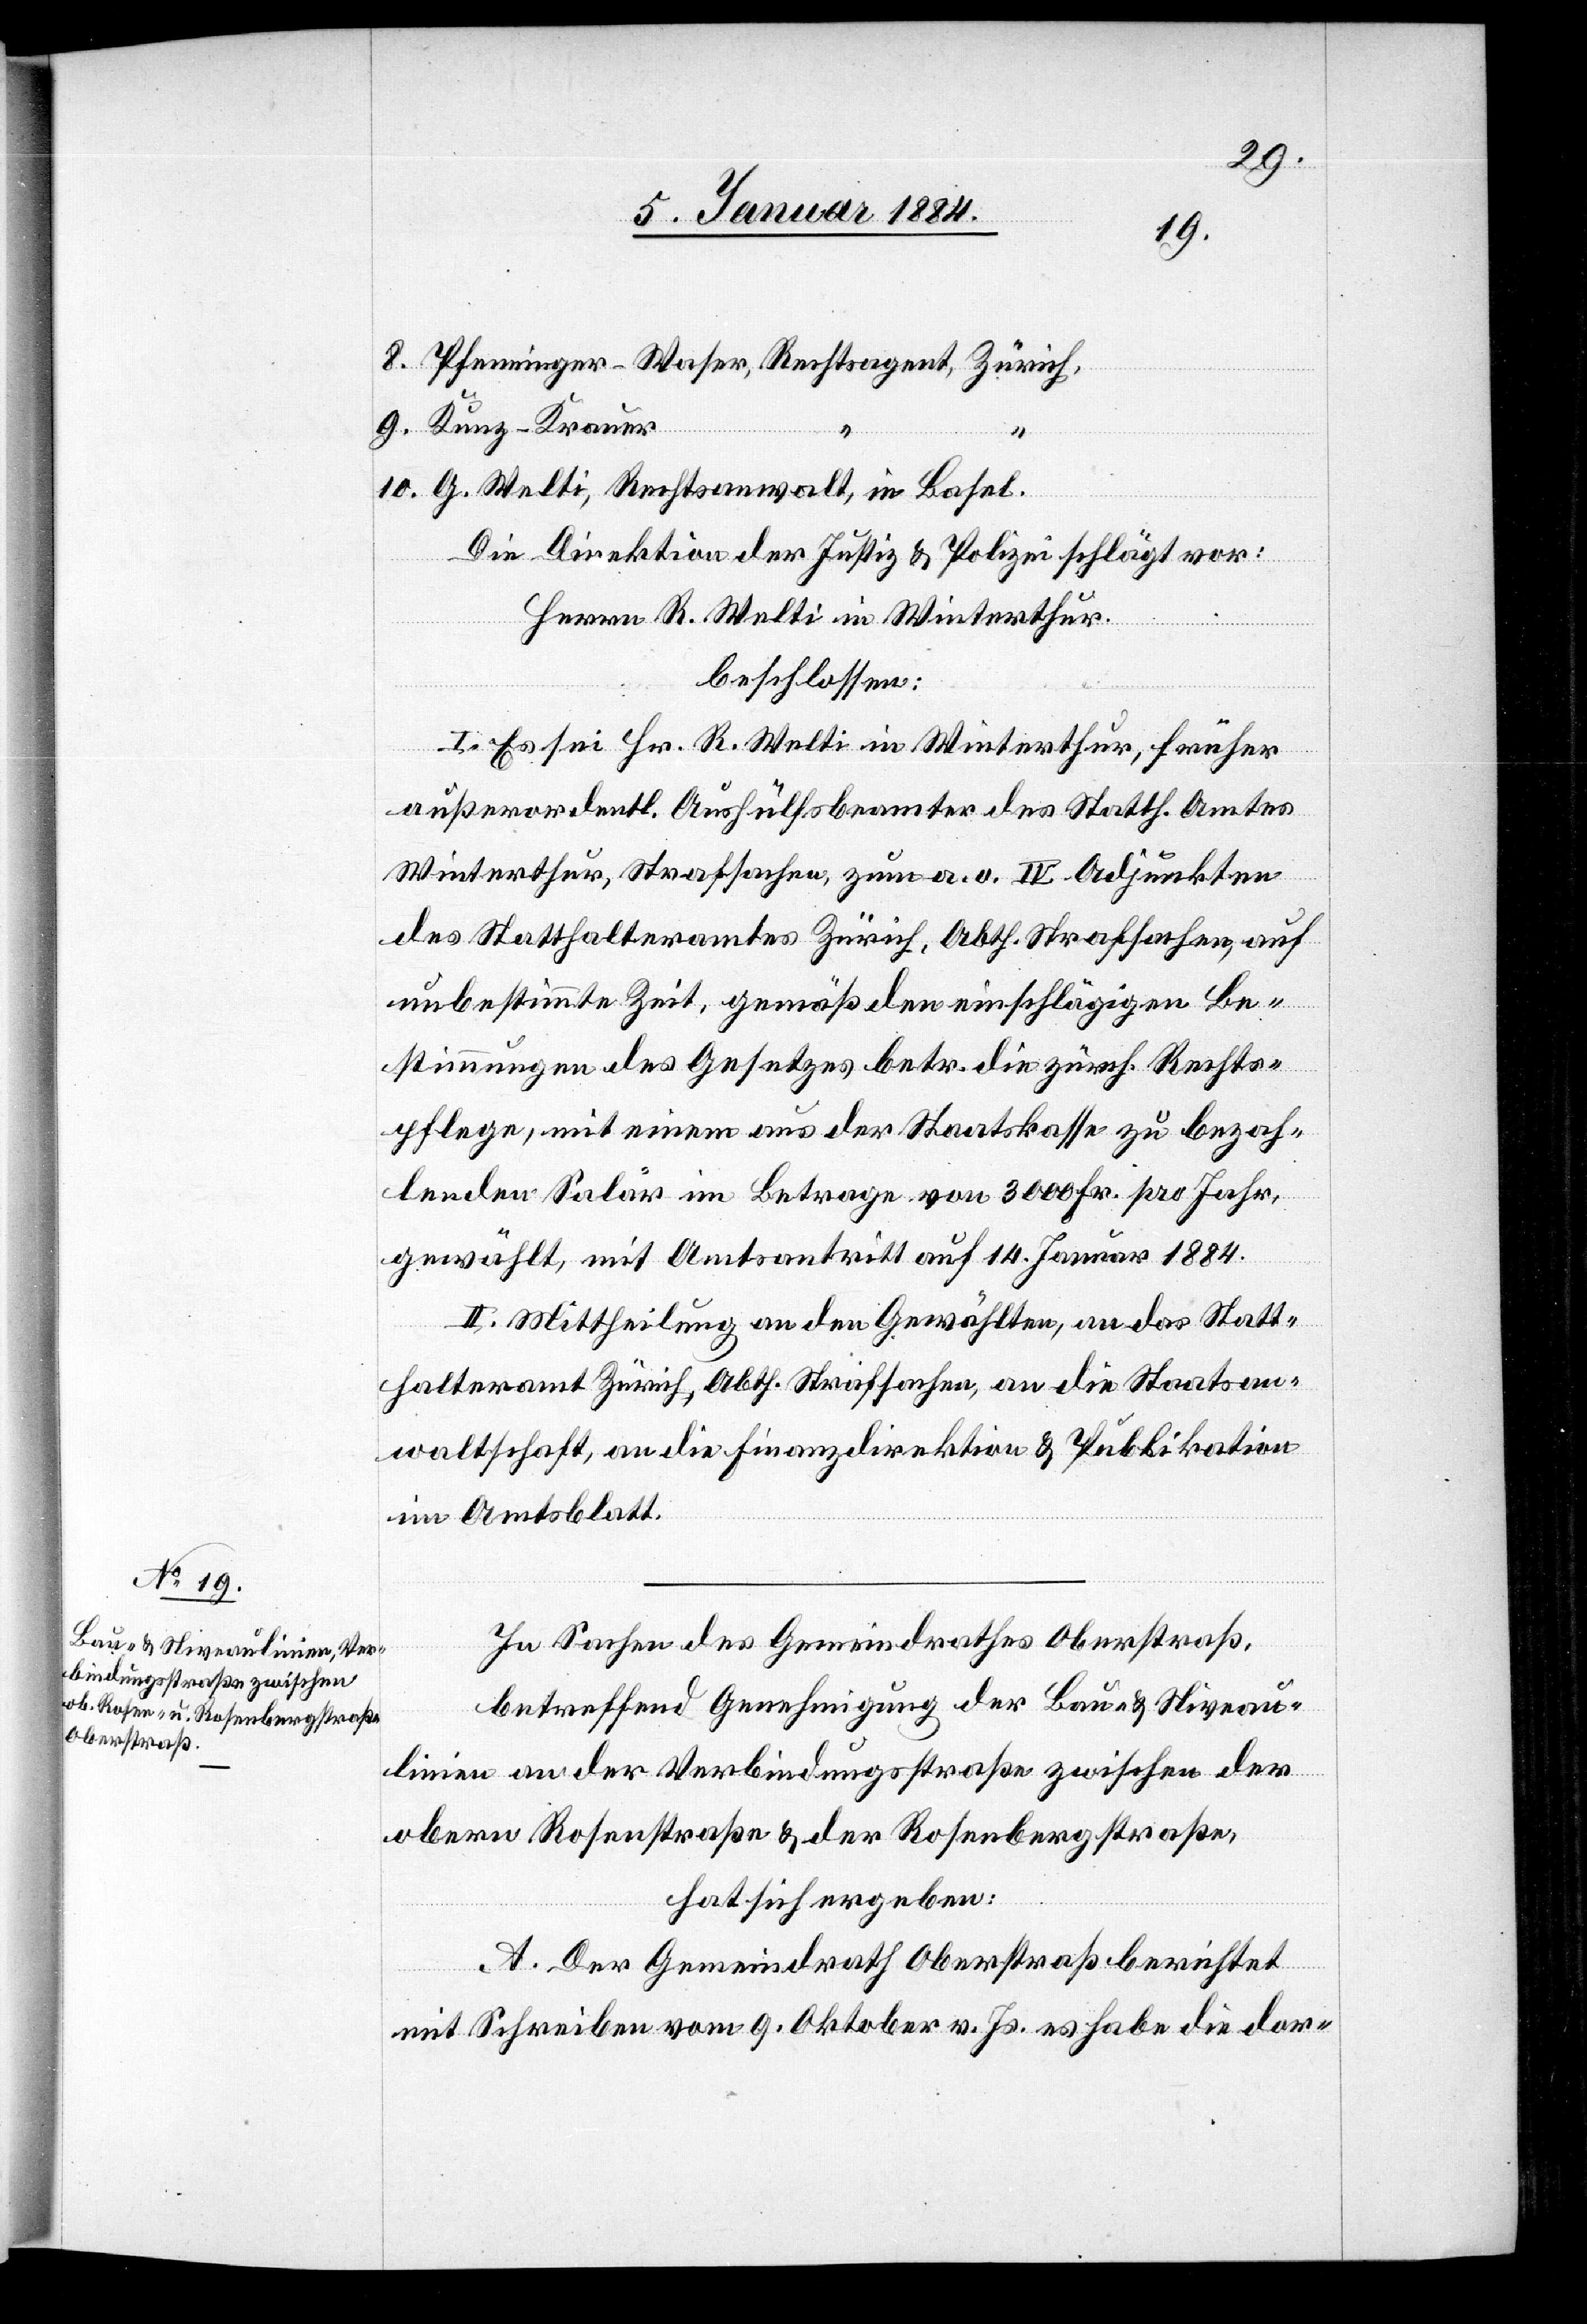
8. Pfenninger-Waser, Rechtsagent, Zürich,
9. Kunz-Krauer
“
“
10. G. Welti, Rechtsanwalt in Basel.
Die Direktion der Justiz & Polizei schlägt vor:
Herrn R. Welti in Winterthur.
beschlossen:
I. Es sei Hr. R. Welti in Winterthur, früher
außerordentl. Aushülfsbeamter des Statth. Amtes
Winterthur, Strafsachen, zum a. o. IV. Adjunkten
des Statthalteramtes Zürich, Abth. Strafsachen, auf
unbestimmte Zeit, gemäß den einschlägigen Be¬
stimmungen des Gesetzes betr. die zürch. Rechts¬
pflege, mit einem aus der Staatskasse zu bezah¬
lenden Salär im Betrage von 3000 Fr. pro Jahr
gewählt, mit Amtsantritt auf 14. Januar 1884.
II. Mittheilung an den Gewählten, an das Statt¬
halteramt Zürich, Abth. Strafsachen, an die Staatsan¬
waltschaft, an die Finanzdirektion & Publikation
im Amtsblatt.
In Sachen des Gemeindrathes Oberstraß,
betreffend Genehmigung der Bau- & Niveau¬
linien an der Verbindungsstraße zwischen der
obern Rosenstraße & der Rosenbergstraße,
hat sich ergeben:
A. Der Gemeindrath Oberstraß berichtet
mit Schreiben vom 9. Oktober v. Js. es habe die dor-